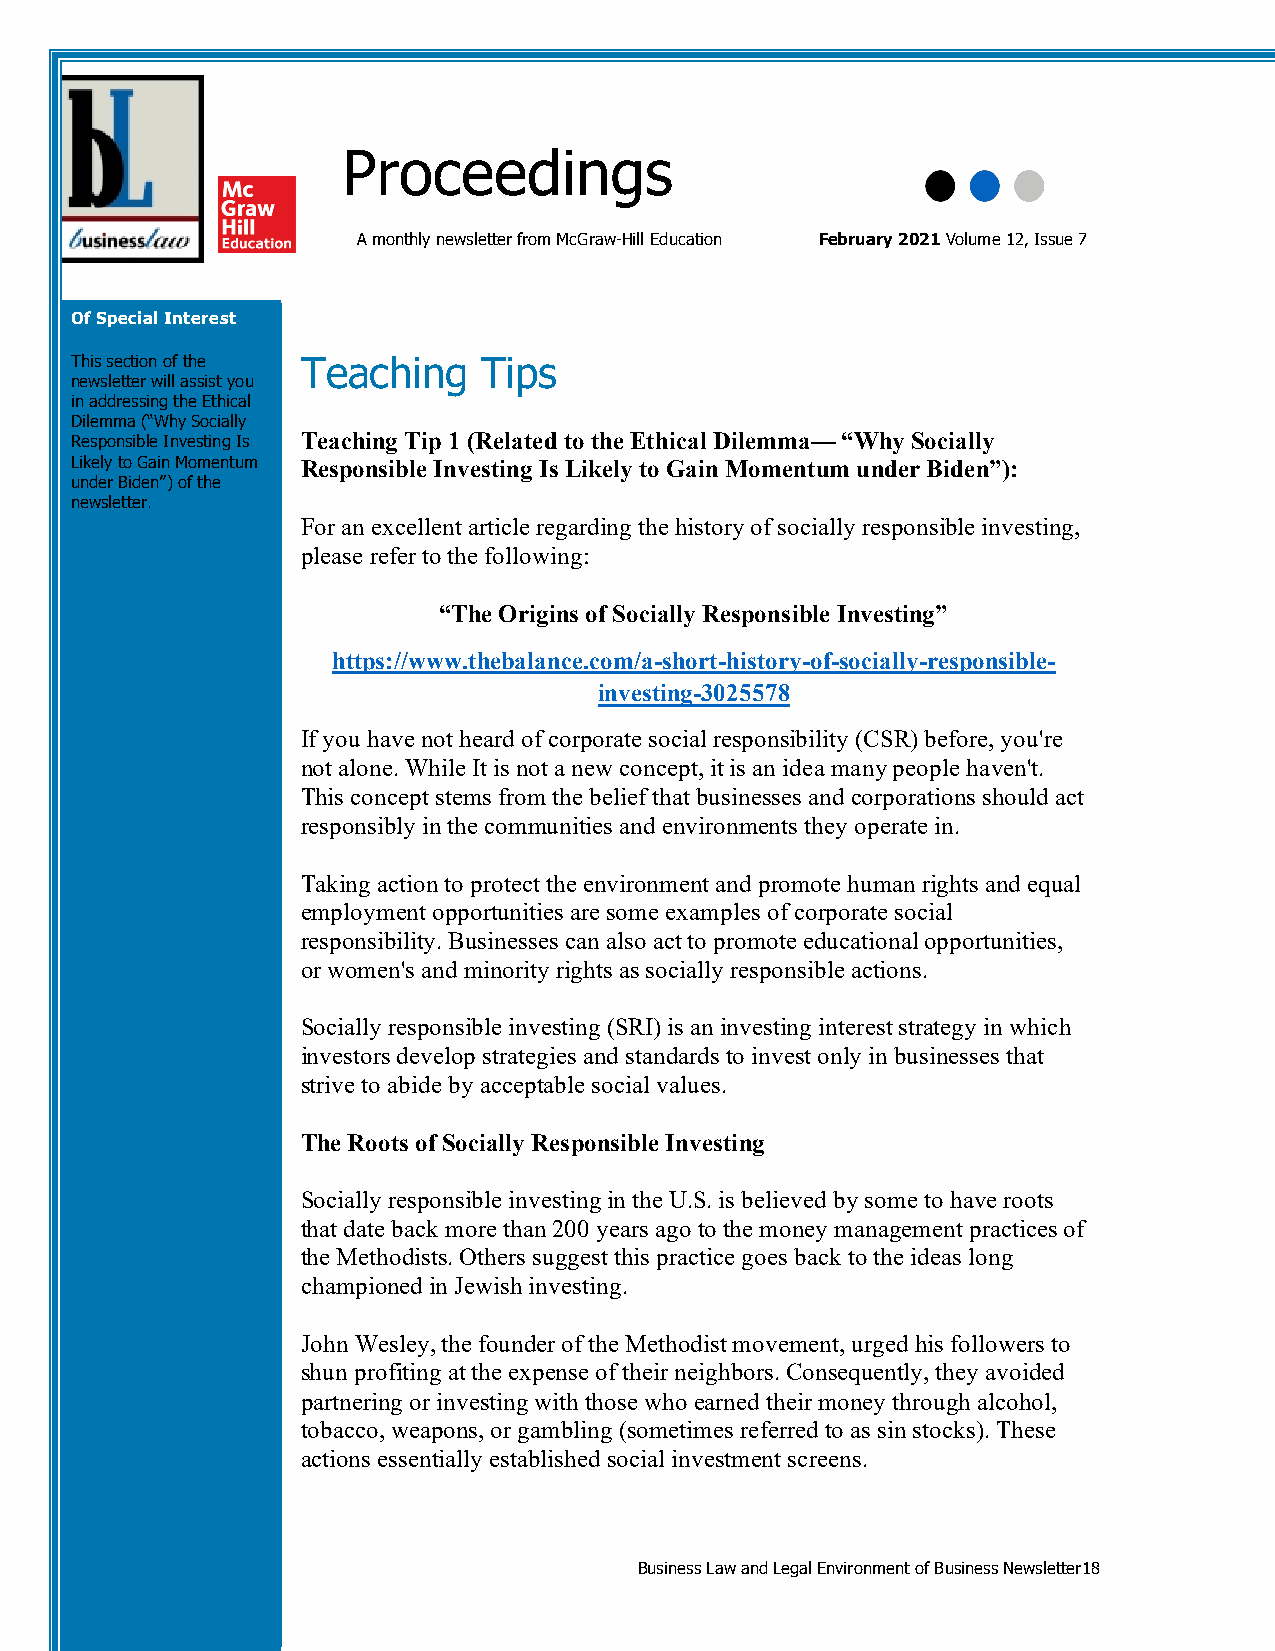
Proceedings
 A monthly newsletter from McGraw-Hill Education February 2021 Volume 12, Issue 7
 O f Special Interest
 T his section of the Teaching Tips
 newsletter will assist you
 in addressing the Ethical
 Dilemma (“Why Socially
 R esponsible Investing Is Teaching Tip 1 (Related to the Ethical Dilemma— “Why Socially
 L ikely to Gain Momentum Responsible Investing Is Likely to Gain Momentum under Biden”):
 u nder Biden”) of the
 n ewsletter.
 For an excellent article regarding the history of socially responsible investing,
 For more information, please refer to the following:
 please contact your
 sales rep!
 “The Origins of Socially Responsible Investing”
 https://www.thebalance.com/a-short-history-of-socially-responsible-
 http://catalogs.mhh
 investing-3025578
 e.com/mhhe/findRe
 p.do           If you have not heard of corporate social responsibility (CSR) before, you're
 not alone. While It is not a new concept, it is an idea many people haven't.
 This concept stems from the belief that businesses and corporations should act
 responsibly in the communities and environments they operate in.
 Taking action to protect the environment and promote human rights and equal
 employment opportunities are some examples of corporate social
 responsibility. Businesses can also act to promote educational opportunities,
 or women's and minority rights as socially responsible actions.
 Socially responsible investing (SRI) is an investing interest strategy in which
 investors develop strategies and standards to invest only in businesses that
 strive to abide by acceptable social values.
 The Roots of Socially Responsible Investing
 Socially responsible investing in the U.S. is believed by some to have roots
 that date back more than 200 years ago to the money management practices of
 the Methodists. Others suggest this practice goes back to the ideas long
 championed in Jewish investing.
 John Wesley, the founder of the Methodist movement, urged his followers to
 shun profiting at the expense of their neighbors. Consequently, they avoided
 partnering or investing with those who earned their money through alcohol,
 tobacco, weapons, or gambling (sometimes referred to as sin stocks). These
 actions essentially established social investment screens.
 Business Law and Legal Environment of Business Newsletter18